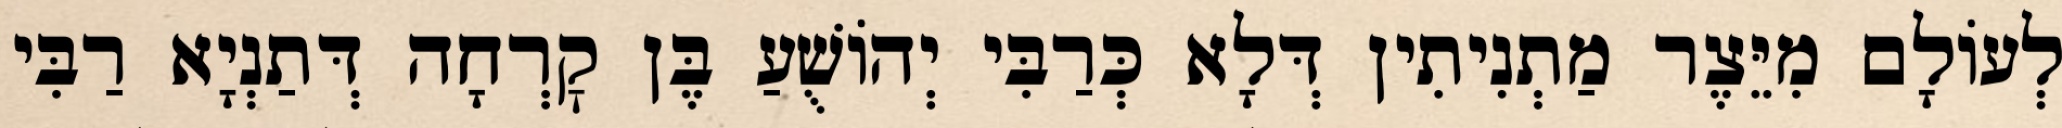
לְעוֹלָם מִיֵּצֶר מַתְנִיתִין דְּלָא כְּרַבִּי יְהוֹשֻׁעַ בֶּן קׇרְחָה דְּתַנְיָא רַבִּי